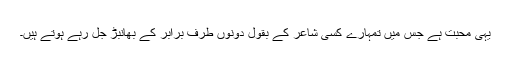
یہی محبت ہے جس میں تمہارے کسی شاعر کے بقول دونوں طرف برابر کے بھانبڑ جل رہے ہوتے ہیں۔